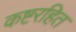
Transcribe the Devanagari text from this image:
कष्टरहित